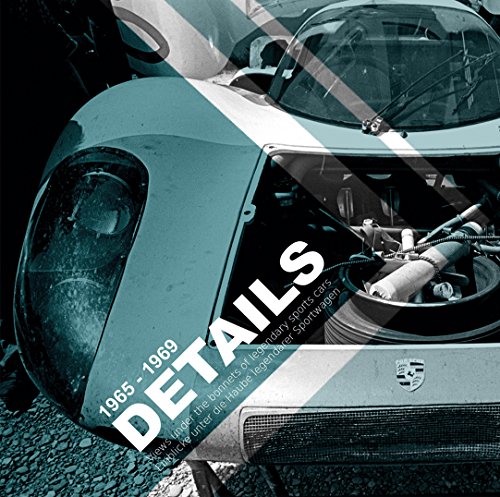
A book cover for Details - Legendary Sports Cars Up Close: 1965 - 1969; Wilfried Muller; Engineering & Transportation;